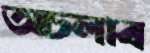
অচলাব